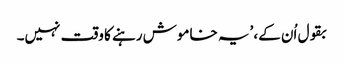
بقول اُن کے، ’یہ خاموش رہنے کا وقت نہیں۔